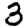
Digit: 3